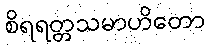
စိရရတ္တသမာဟိတော